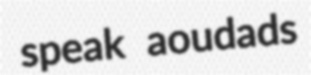
speak aoudads